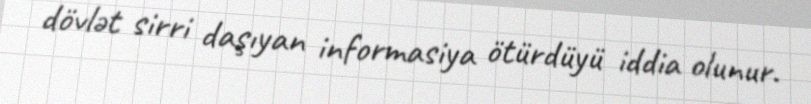
dövlət sirri daşıyan informasiya ötürdüyü iddia olunur.